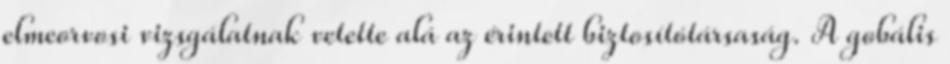
elmeorvosi vizsgálatnak vetette alá az érintett biztosítótársaság. A gobális